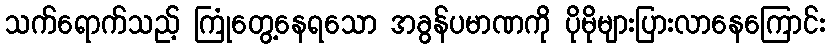
သက်ရောက်သည့် ကြုံတွေ့နေရသော အခွန်ပမာဏကို ပိုမိုများပြားလာနေကြောင်း